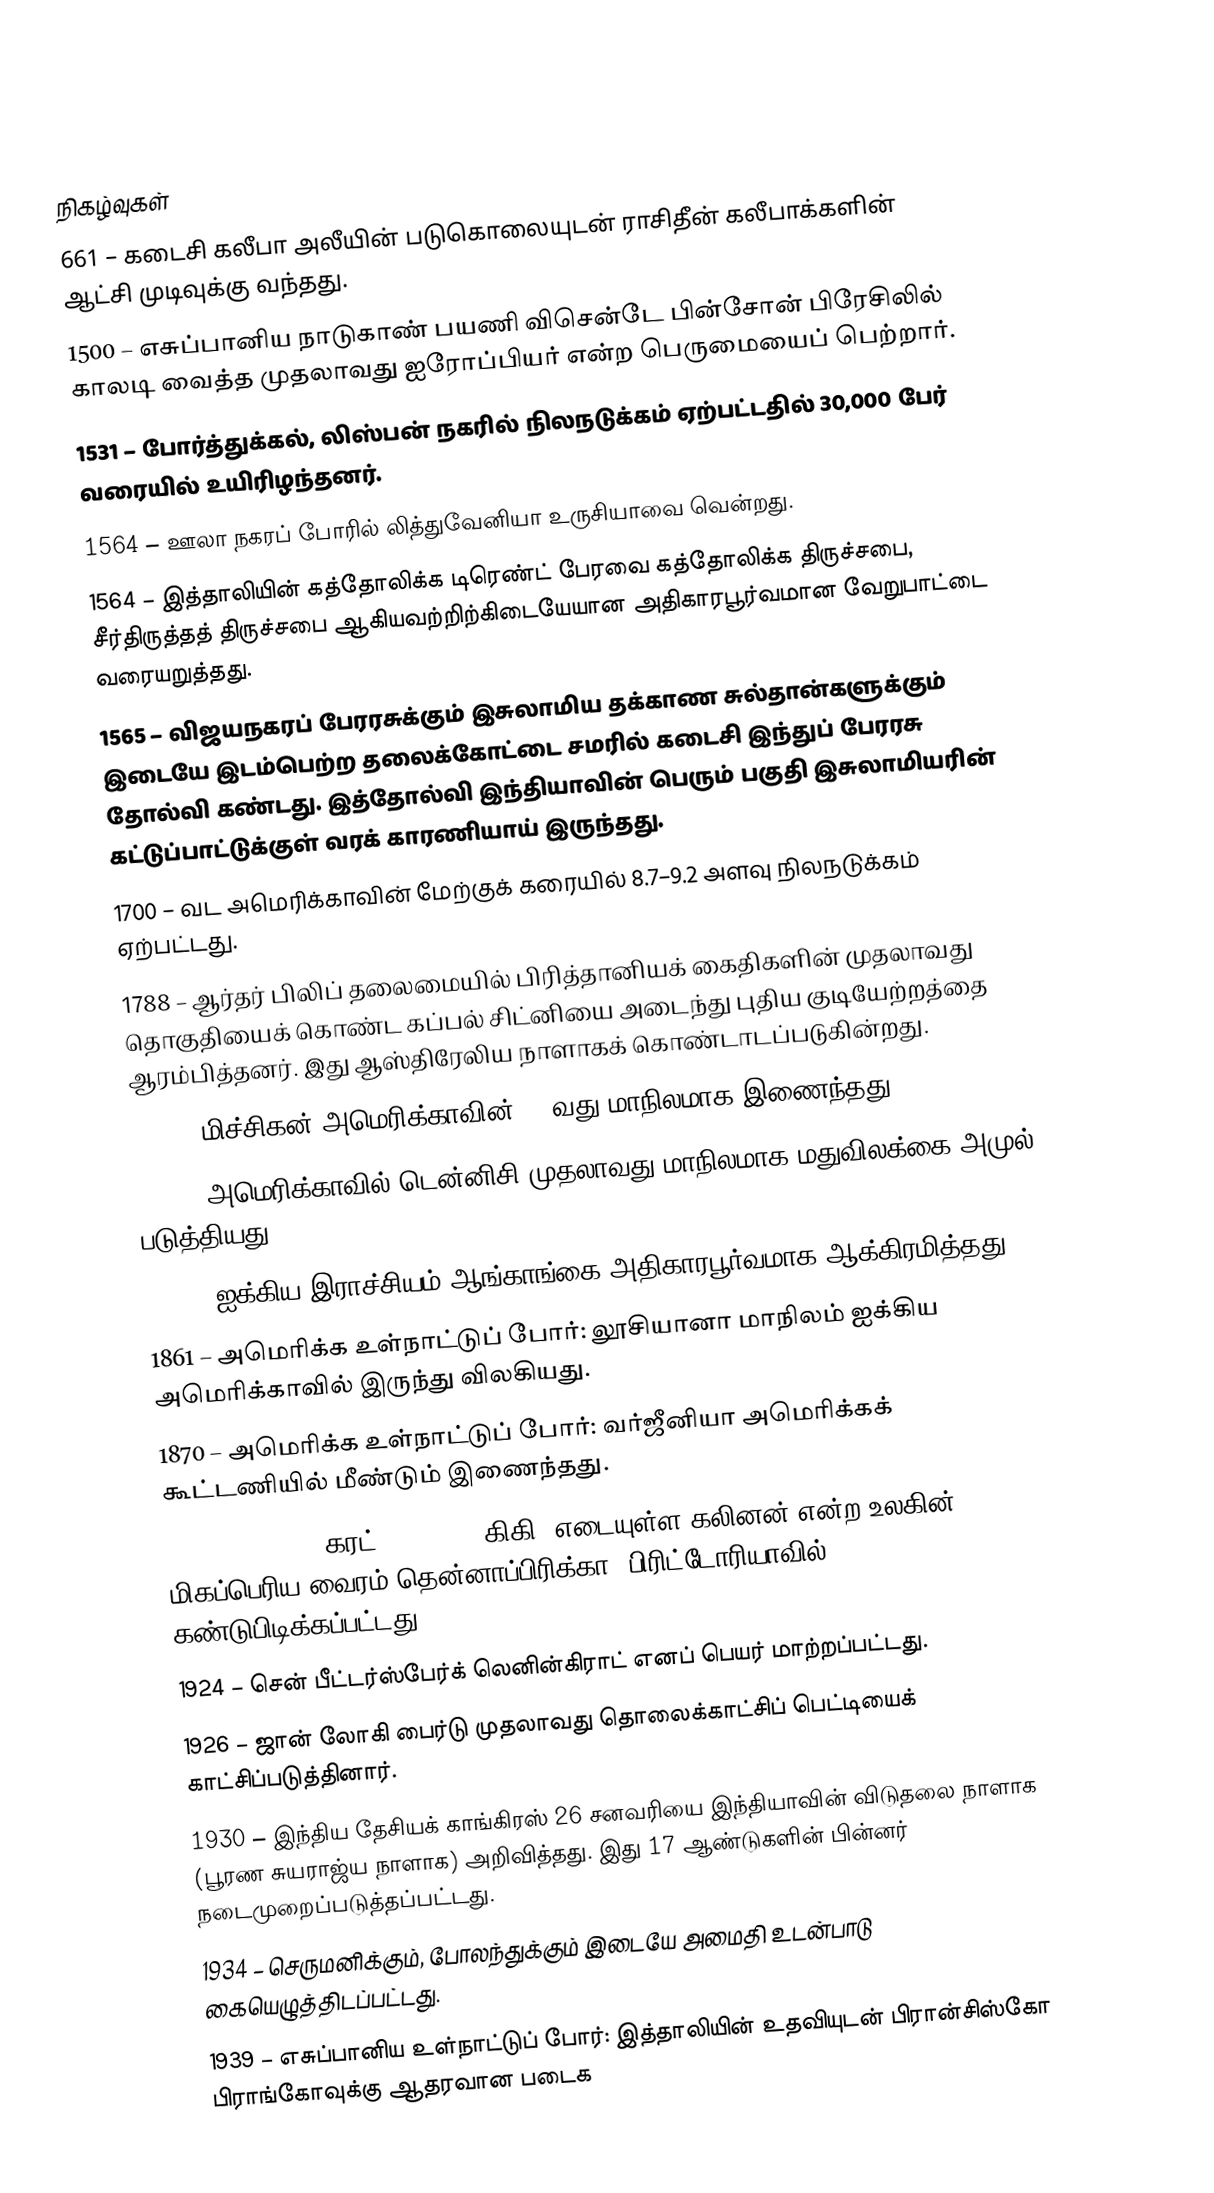

நிகழ்வுகள்
 661 – கடைசி கலீபா அலீயின் படுகொலையுடன் ராசிதீன் கலீபாக்களின் ஆட்சி முடிவுக்கு வந்தது.
1500 – எசுப்பானிய நாடுகாண் பயணி விசென்டே பின்சோன் பிரேசிலில் காலடி வைத்த முதலாவது ஐரோப்பியர் என்ற பெருமையைப் பெற்றார்.
1531 – போர்த்துக்கல், லிஸ்பன் நகரில் நிலநடுக்கம் ஏற்பட்டதில் 30,000 பேர் வரையில் உயிரிழந்தனர்.
1564 – ஊலா நகரப் போரில் லித்துவேனியா உருசியாவை வென்றது.
1564 – இத்தாலியின் கத்தோலிக்க டிரெண்ட் பேரவை கத்தோலிக்க திருச்சபை, சீர்திருத்தத் திருச்சபை ஆகியவற்றிற்கிடையேயான அதிகாரபூர்வமான வேறுபாட்டை வரையறுத்தது.
1565 – விஜயநகரப் பேரரசுக்கும் இசுலாமிய தக்காண சுல்தான்களுக்கும் இடையே இடம்பெற்ற தலைக்கோட்டை சமரில் கடைசி இந்துப் பேரரசு தோல்வி கண்டது. இத்தோல்வி இந்தியாவின் பெரும் பகுதி இசுலாமியரின் கட்டுப்பாட்டுக்குள் வரக் காரணியாய் இருந்தது.
1700 – வட அமெரிக்காவின் மேற்குக் கரையில் 8.7–9.2 அளவு நிலநடுக்கம் ஏற்பட்டது.
1788 – ஆர்தர் பிலிப் தலைமையில் பிரித்தானியக் கைதிகளின் முதலாவது தொகுதியைக் கொண்ட கப்பல் சிட்னியை அடைந்து புதிய குடியேற்றத்தை ஆரம்பித்தனர். இது ஆஸ்திரேலிய நாளாகக் கொண்டாடப்படுகின்றது.
1837 – மிச்சிகன் அமெரிக்காவின் 26-வது மாநிலமாக இணைந்தது.
1838 – அமெரிக்காவில் டென்னிசி முதலாவது மாநிலமாக மதுவிலக்கை அமுல் படுத்தியது.
1841 – ஐக்கிய இராச்சியம் ஆங்காங்கை அதிகாரபூர்வமாக ஆக்கிரமித்தது.
1861 – அமெரிக்க உள்நாட்டுப் போர்: லூசியானா மாநிலம் ஐக்கிய அமெரிக்காவில் இருந்து விலகியது.
1870 – அமெரிக்க உள்நாட்டுப் போர்: வர்ஜீனியா அமெரிக்கக் கூட்டணியில் மீண்டும் இணைந்தது.
1905 – 3,106.75 கரட் (0.621350 கிகி) எடையுள்ள கலினன் என்ற உலகின் மிகப்பெரிய வைரம் தென்னாப்பிரிக்கா, பிரிட்டோரியாவில் கண்டுபிடிக்கப்பட்டது.
1924 – சென் பீட்டர்ஸ்பேர்க் லெனின்கிராட் எனப் பெயர் மாற்றப்பட்டது.
1926 – ஜான் லோகி பைர்டு முதலாவது தொலைக்காட்சிப் பெட்டியைக் காட்சிப்படுத்தினார்.
1930 – இந்திய தேசியக் காங்கிரஸ் 26 சனவரியை இந்தியாவின் விடுதலை நாளாக (பூரண சுயராஜ்ய நாளாக) அறிவித்தது. இது 17 ஆண்டுகளின் பின்னர் நடைமுறைப்படுத்தப்பட்டது.
1934 – செருமனிக்கும், போலந்துக்கும் இடையே அமைதி உடன்பாடு கையெழுத்திடப்பட்டது.
1939 – எசுப்பானிய உள்நாட்டுப் போர்: இத்தாலியின் உதவியுடன் பிரான்சிஸ்கோ பிராங்கோவுக்கு ஆதரவான படைக